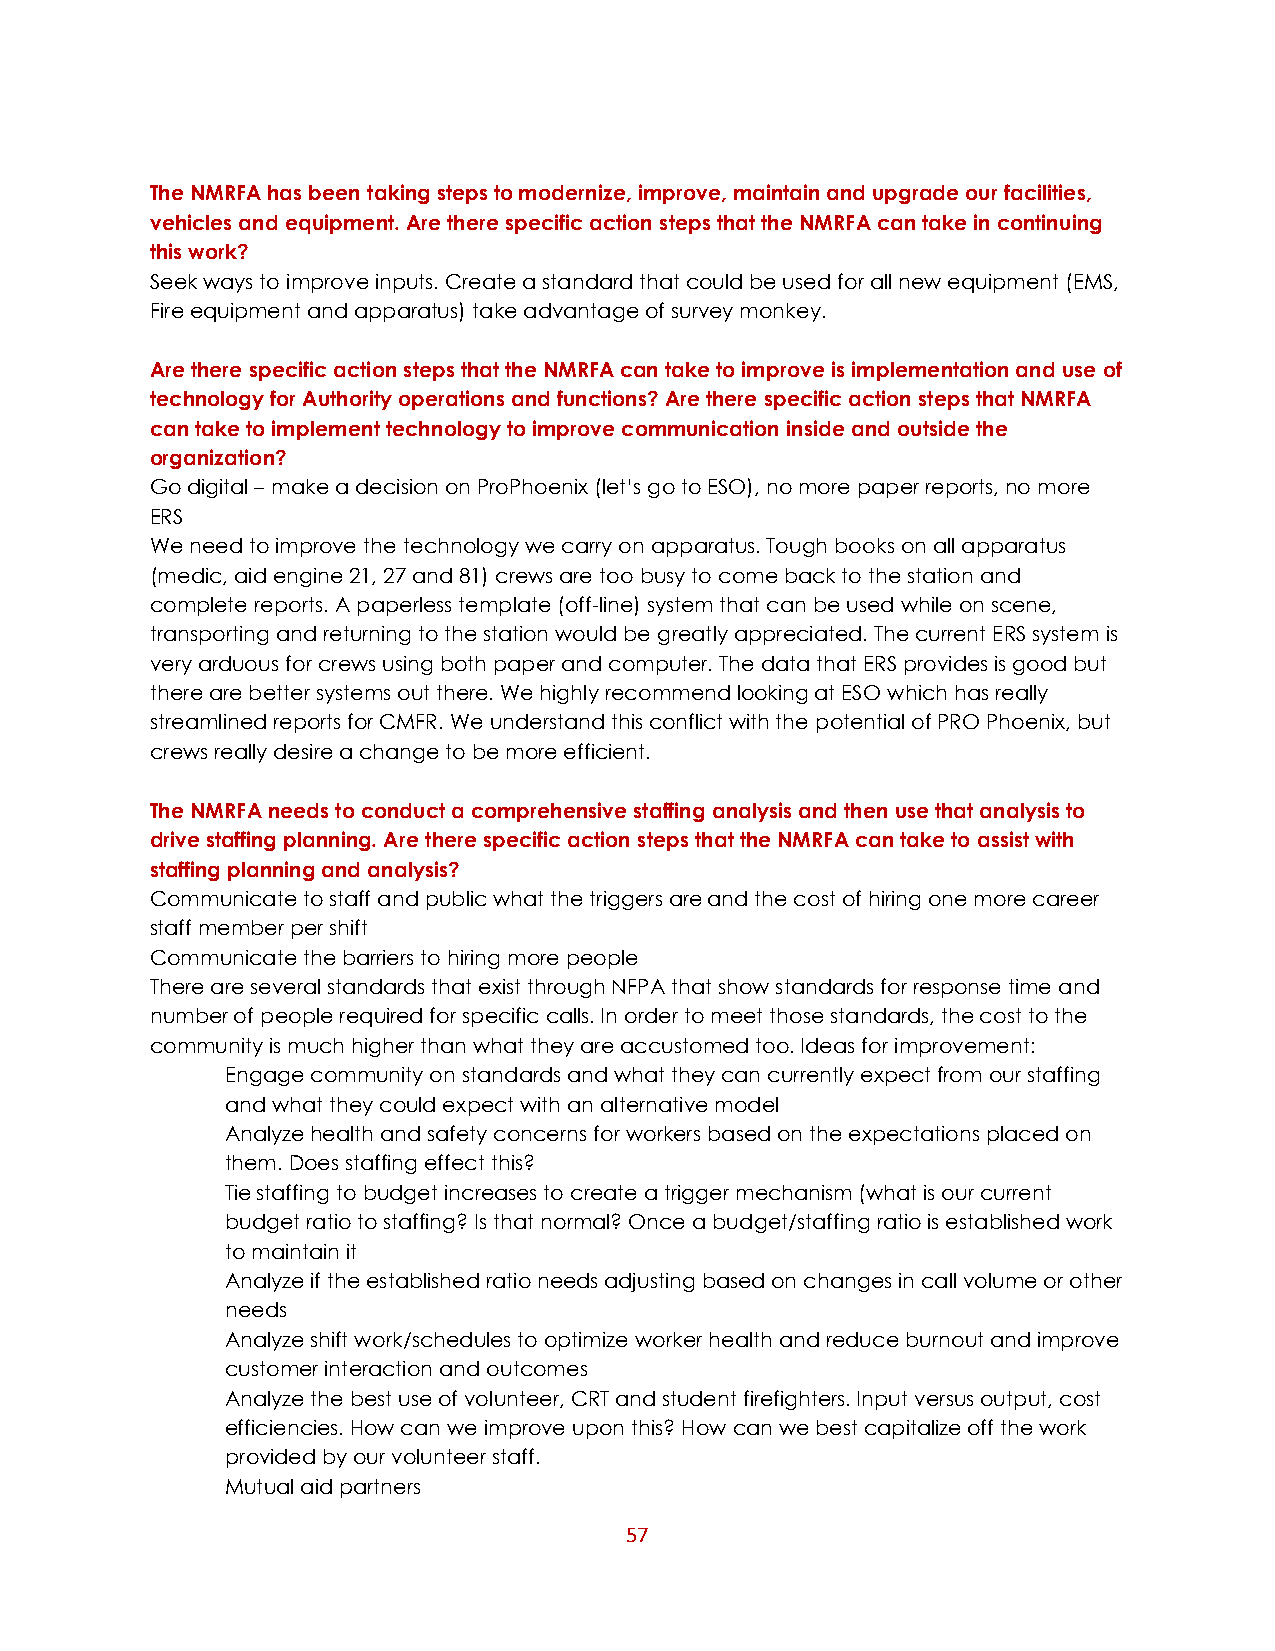
The NMRFA has been taking steps to modernize, improve, maintain and upgrade our facilities,
 vehicles and equipment. Are there specific action steps that the NMRFA can take in continuing
 this work?
 Seek ways to improve inputs. Create a standard that could be used for all new equipment (EMS,
 Fire equipment and apparatus) take advantage of survey monkey.
 Are there specific action steps that the NMRFA can take to improve is implementation and use of
 technology for Authority operations and functions? Are there specific action steps that NMRFA
 can take to implement technology to improve communication inside and outside the
 organization?
 Go digital – make a decision on ProPhoenix (let’s go to ESO), no more paper reports, no more
 ERS
 We need to improve the technology we carry on apparatus. Tough books on all apparatus
 (medic, aid engine 21, 27 and 81) crews are too busy to come back to the station and
 complete reports. A paperless template (off-line) system that can be used while on scene,
 transporting and returning to the station would be greatly appreciated. The current ERS system is
 very arduous for crews using both paper and computer. The data that ERS provides is good but
 there are better systems out there. We highly recommend looking at ESO which has really
 streamlined reports for CMFR. We understand this conflict with the potential of PRO Phoenix, but
 crews really desire a change to be more efficient.
 The NMRFA needs to conduct a comprehensive staffing analysis and then use that analysis to
 drive staffing planning. Are there specific action steps that the NMRFA can take to assist with
 staffing planning and analysis?
 Communicate to staff and public what the triggers are and the cost of hiring one more career
 staff member per shift
 Communicate the barriers to hiring more people
 There are several standards that exist through NFPA that show standards for response time and
 number of people required for specific calls. In order to meet those standards, the cost to the
 community is much higher than what they are accustomed too. Ideas for improvement:
 Engage community on standards and what they can currently expect from our staffing
 and what they could expect with an alternative model
 Analyze health and safety concerns for workers based on the expectations placed on
 them. Does staffing effect this?
 Tie staffing to budget increases to create a trigger mechanism (what is our current
 budget ratio to staffing? Is that normal? Once a budget/staffing ratio is established work
 to maintain it
 Analyze if the established ratio needs adjusting based on changes in call volume or other
 needs
 Analyze shift work/schedules to optimize worker health and reduce burnout and improve
 customer interaction and outcomes
 Analyze the best use of volunteer, CRT and student firefighters. Input versus output, cost
 efficiencies. How can we improve upon this? How can we best capitalize off the work
 provided by our volunteer staff.
 Mutual aid partners
 57